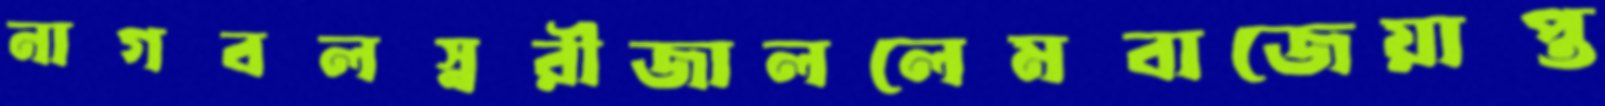
নাগবলস্নরীজাললেমবাজেয়াপ্ত